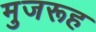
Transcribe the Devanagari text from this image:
मुजरूह